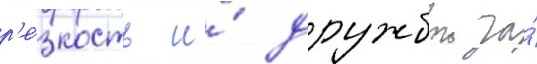
р'е́зкость и́ дружбои за́